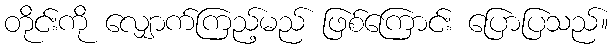
တိုင်းကို လျှောက်ကြည့်မည် ဖြစ်ကြောင်း ပြောပြသည်။